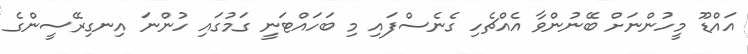
އައްޑޫ މީހުންނަށް ބޭނުންވާ އެއްޗެހި ގެނެސްފައި މި ބަހައްޓަނީ ގަމުގައި ހުންނަ އިނގިރޭސީންގެ